Report of an investigation into the causes of the diseases known in Assam as Kála-Azár and Beri-Beri
Disease focus: Beri-Beri
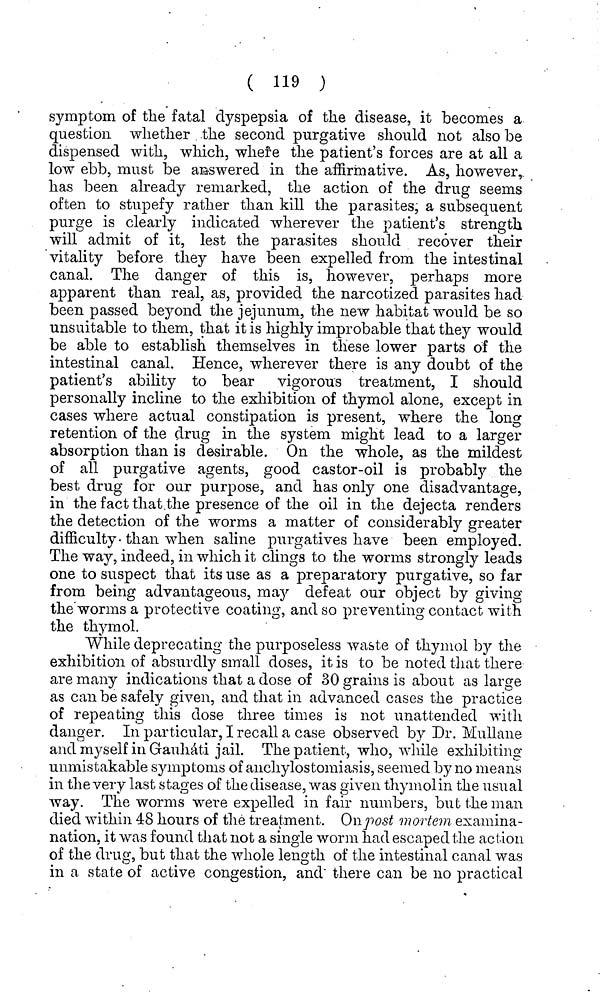
( 119 )
symptom of the fatal dyspepsia of the disease, it becomes a
question whether the second purgative should not also be
dispensed with, which, where the patient's forces are at all a
low ebb, must be answered in the affirmative. As, however,
has been already remarked, the action of the drug seems
often to stupefy rather than kill the parasites, a subsequent
purge is clearly indicated wherever the patient's strength
will admit of it, lest the parasites should recover their
vitality before they have been expelled from the intestinal
canal. The danger of this is, however, perhaps more
apparent than real, as, provided the narcotized parasites had
been passed beyond the jejunum, the new habitat would be so
unsuitable to them, that it is highly improbable that they would
be able to establish themselves in these lower parts of the
intestinal canal. Hence, wherever there is any doubt of the
patient's ability to bear vigorous treatment, I should
personally incline to the exhibition of thymol alone, except in
cases where actual constipation is present, where the long
retention of the drug in the system might lead to a larger
absorption than is desirable. On the whole, as the mildest
of all purgative agents, good castor-oil is probably the
best drug for our purpose, and has only one disadvantage,
in the fact that .the presence of the oil in the dejecta renders
the detection of the worms a matter of considerably greater
difficulty- than when saline purgatives have been employed.
The way, indeed, in which it clings to the worms strongly leads
one to suspect that its use as a preparatory purgative, so far
from being advantageous, may defeat our object by giving
the worms a protective coating, and so preventing contact with
the thymol.
While deprecating the purposeless waste of thymol by the
exhibition of absurdly small doses, it is to be noted that there
are many indications that a dose of 30 grains is about as large
as can be safely given, and that in advanced cases the practice
of repeating this dose three times is not unattended with
danger. In particular, I recall a case observed by Dr. Mullane
and myself inGauhati jail. The patient, who, while exhibiting
unmistakable symptoms of anchylostomiasis, seemed by no means
in the very last stages of the disease, was given thymolin the usual
way. The worms were expelled in fair numbers, but the man.
died within 48 hours of the treatment. On post mortem examina-
nation, it was found that not a single worm had escaped the action
of the drug, but that the whole length of the intestinal canal was
in a state of active congestion, and there can be no practical